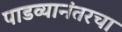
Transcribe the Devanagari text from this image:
पाडव्यानंतरचा